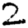
Digit: 2